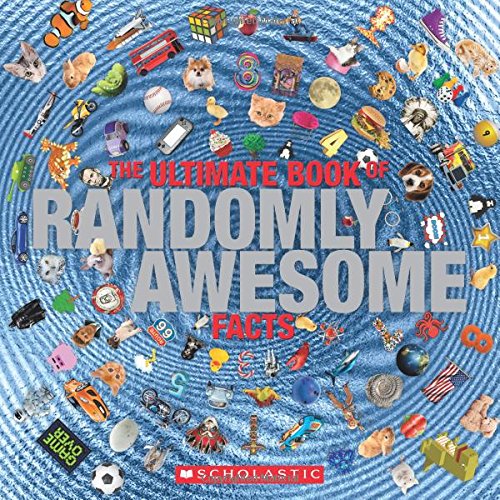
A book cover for The Ultimate Book of Randomly Awesome Facts; Penelope Arlon; Children's Books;